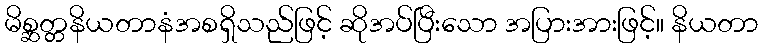
မိစ္ဆတ္တနိယတာနံအစရှိသည်ဖြင့် ဆိုအပ်ပြီးသော အပြားအားဖြင့်။ နိယတာ